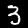
Digit: 3